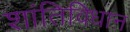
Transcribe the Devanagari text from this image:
शांतिविधान